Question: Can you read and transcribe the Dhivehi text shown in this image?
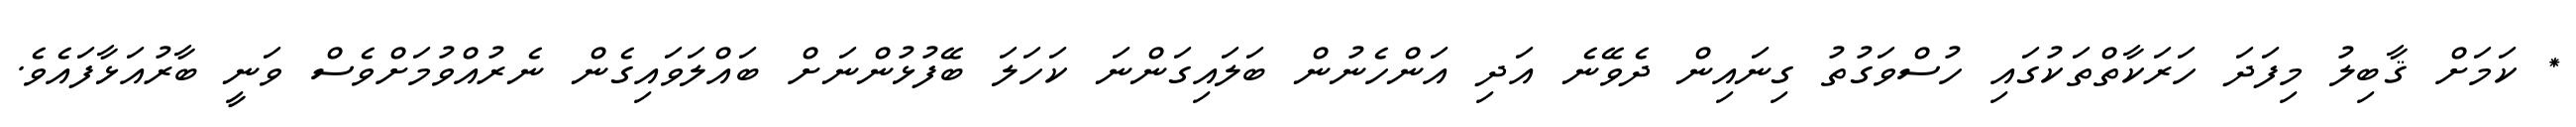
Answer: * ކަމަށް ޤާބިލު މިފަދަ ހަރަކާތްތަކުގައި ހުސްވަގުތު ގިނައިން ދެވޭނެ އަދި އަންހެނުން ބަލައިގަންނަ ކަހަލަ ބޭފުޅުންނަށް ބައްލަވައިގެން ނެރުއްވުމަށްވެސް ވަނީ ބާރުއަޅާފައެވެ.